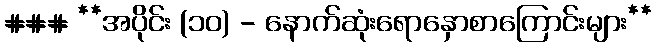
### **အပိုင်း (၁၀) - နောက်ဆုံးရောနှောစာကြောင်းများ**